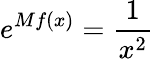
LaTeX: e^{Mf(x)}={\frac{1}{x^{2}}}